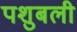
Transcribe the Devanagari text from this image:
पशुबली